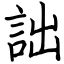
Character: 詘